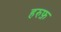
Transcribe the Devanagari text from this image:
हरुफ़